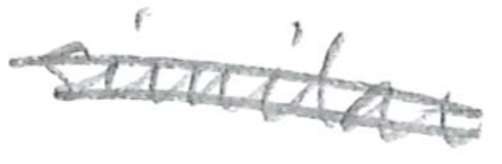
Text: a
Cross-out: double-line
Writing tool: pencil